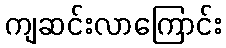
ကျဆင်းလာကြောင်း